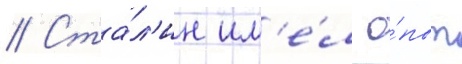
// Ста́л'ин им'е́л о́пыт